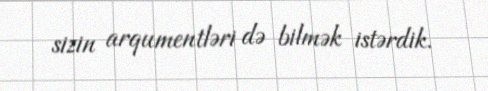
sizin arqumentləri də bilmək istərdik.